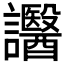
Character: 𧮒